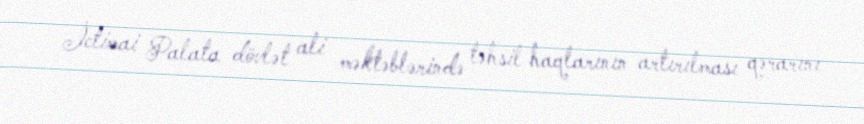
İctimai Palata dövlət ali məktəblərində təhsil haqlarının artırılması qərarını